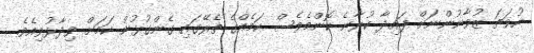
ނުވަތަ ޒުވާނުންނަށް ފައިދާ ކުރާނެ ކޮންމެވެސް ކަމެއްގެ ތެރޭގައި ގެންގުޅުން ކަމަށް ވިދާޅުވިއެވެ.